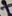
Text: +